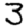
Digit: 3